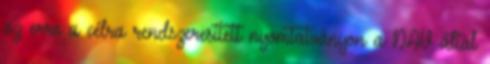
az erre a célra rendszeresített nyomtatványon a NAV által